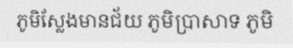
ភូមិស្លែងមានជ័យ ភូមិប្រាសាទ ភូមិ